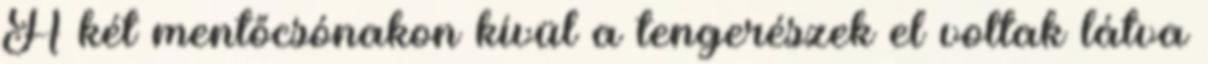
A két mentőcsónakon kívül a tengerészek el voltak látva